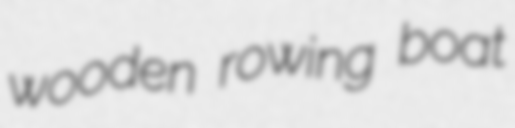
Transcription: wooden rowing boat